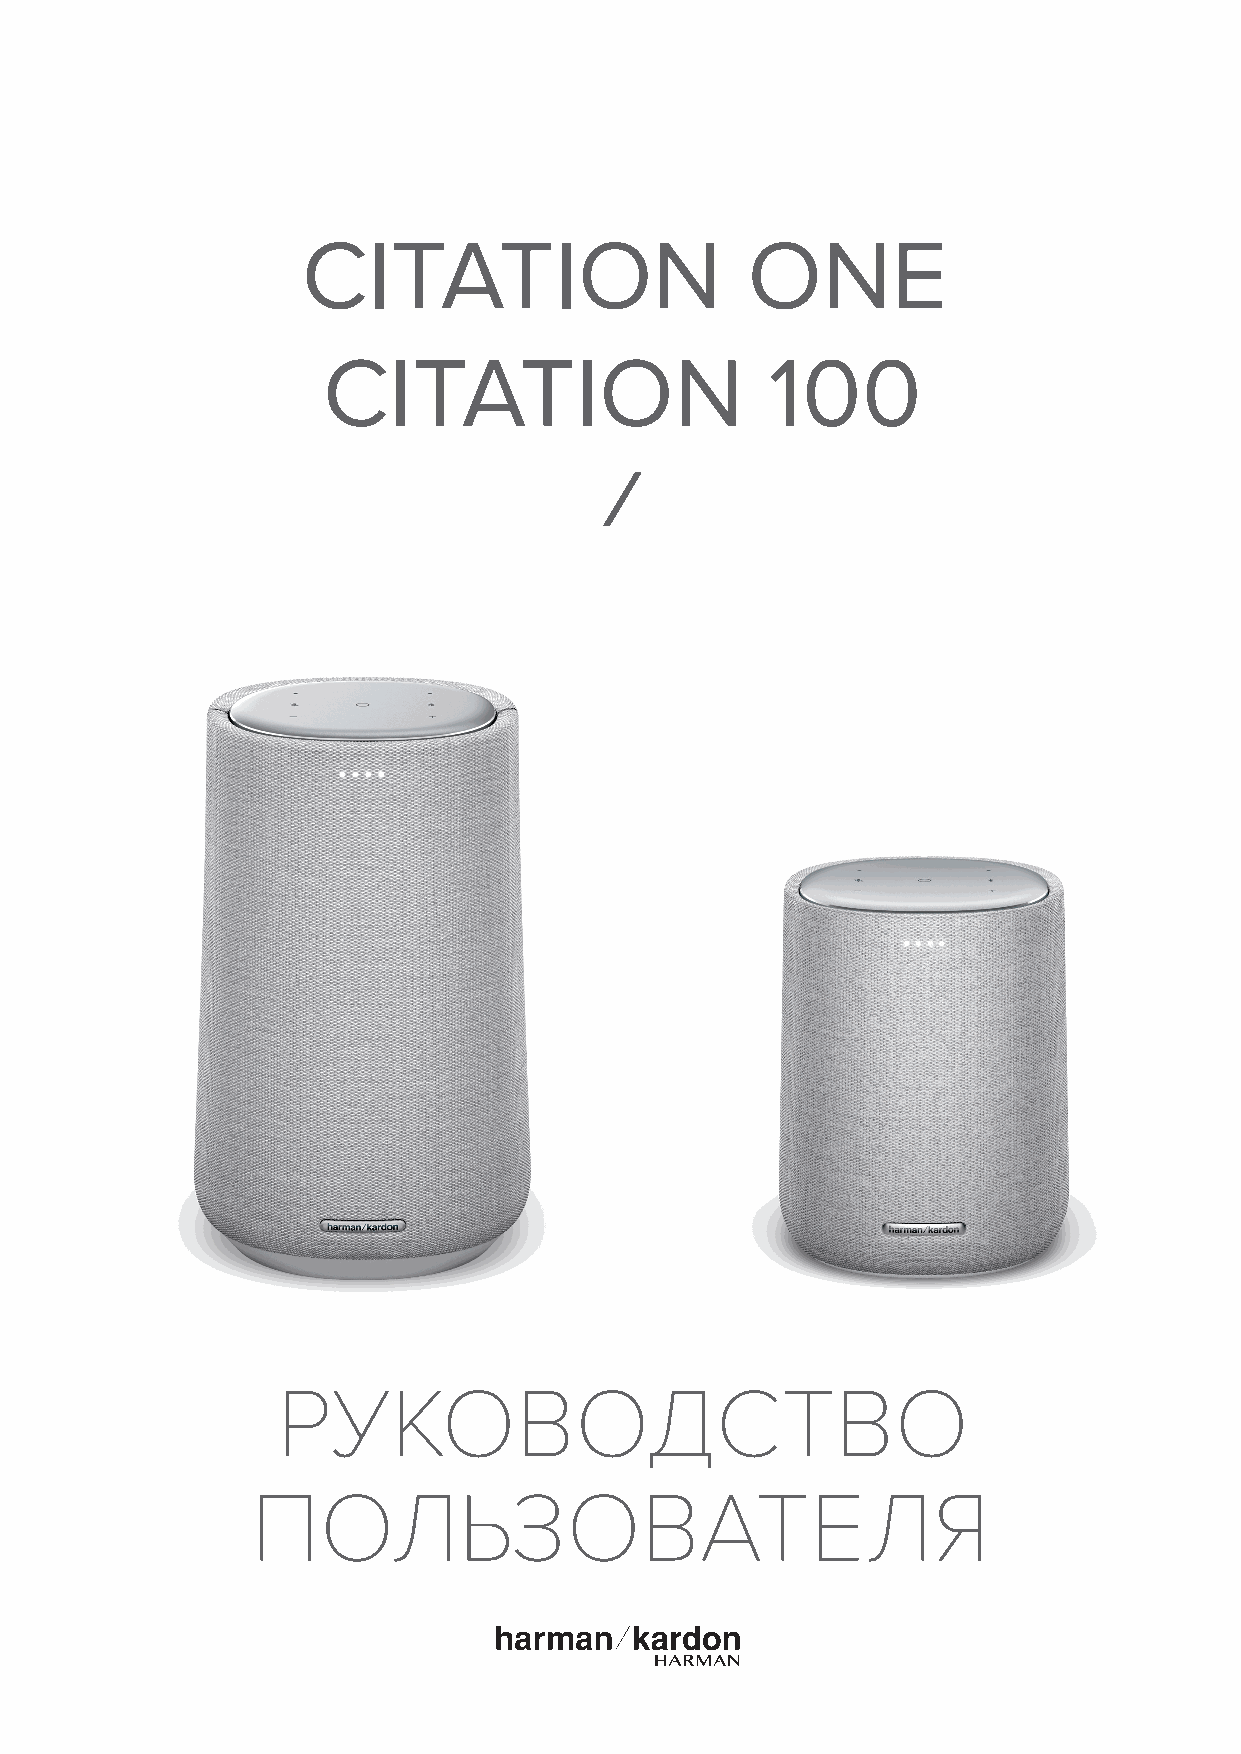
CITATION                     ONE
 CITATION                      100
 РУКОВОДСТВО
 ПОЛЬЗОВАТЕЛЯ